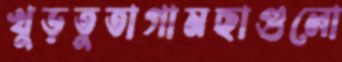
খুড়তুতাগামছাগুলো